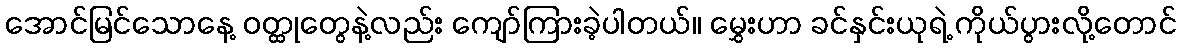
အောင်မြင်သောနေ့ ဝတ္ထုတွေနဲ့လည်း ကျော်ကြားခဲ့ပါတယ်။ မွှေးဟာ ခင်နှင်းယုရဲ့ ကိုယ်ပွားလို့တောင်